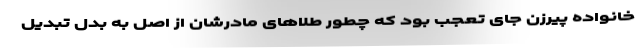
خانواده پیرزن جای تعجب بود که چطور طلا‌های مادرشان از اصل به بدل تبدیل